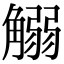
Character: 䚥